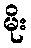
မိုး